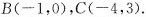
B(-1，0)，C(-4，3)。